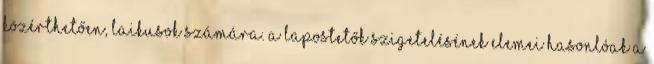
közérthetően, laikusok számára. A lapostetők szigetelésének elemei hasonlóak a